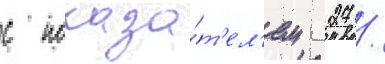
с показа́т'ел'ем 27 /